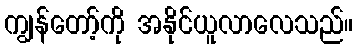
ကျွန်တော့်ကို အနိုင်ယူလာလေသည်။